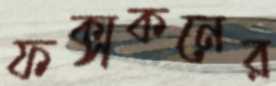
ফক্সকনের